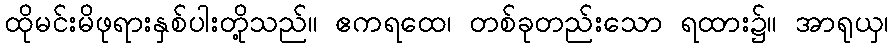
ထိုမင်းမိဖုရားနှစ်ပါးတို့သည်။ ဧကရထေ၊ တစ်ခုတည်းသော ရထား၌။ အာရုယှ၊